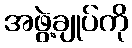
အဖွဲ့ချုပ်ကို